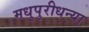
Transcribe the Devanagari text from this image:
मधुपुरीधन्या